Lunatic asylums in Bengal annual reports 1912-1924 - 1912-1924
Year: 1912
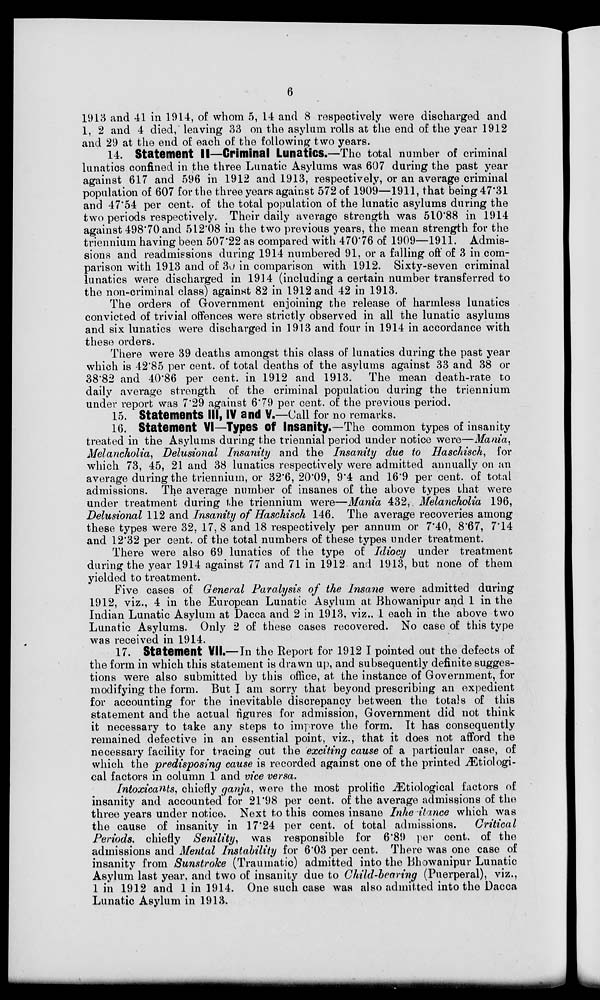
6
1913 and 41 in 1914, of whom 5, 14 and 8 respectively were discharged and
1, 2 and 4 died," leaving 33 on the asylum rolls at the end of the year 1912
and 29 at the end of each of the following two years.
14. Statement II—Criminal Lunatics.—The total number of criminal
lunatics confined in the three Lunatic Asylums was 607 during the past year
against 617 and 596 in 1912 and 1913, respectively, or an average criminal
population of 607 for the three years against 572 of 1909—1911, that being 47.31
and 47.54 per cent. of the total population of the lunatic asylums during the
two periods respectively. Their daily average strength was 510.88 in 1914
against 498.70 and 512.08 in the two previous years, the mean strength for the
triennium having been 507.22 as compared with 470.76 of 1909—1911. Admis-
sions and readmissions during 1914 numbered 91, or a falling off of 3 in com-
parison with 1913 and of 30 in comparison with 1912. Sixty-seven criminal
lunatics were discharged in 1914 (including a certain number transferred to
the non-criminal class) against 82 in 1912 and 42 in 1913.
The orders of Government enjoining the release of harmless lunatics
convicted of trivial offences were strictly observed in all the lunatic asylums
and six lunatics were discharged in 1913 and four in 1914 in accordance with
these orders.
There were 39 deaths amongst this class of lunatics during the past year
which is 42.85 per cent. of total deaths of the asylums against 33 and 38 or
38.82 and 40.86 per cent. in 1912 and 1913. The mean death-rate to
daily average strength of the criminal population during the triennium
under report was 7.29 against 6.79 per cent. of the previous period.
15. Statements III , IV and V.—Call for no remarks.
16. Statement VI—Types of Insanity.—The common types of insanity
treated in the Asylums during the triennial period under notice were—Mania,
Melancholia, Delusional Insanity and the Insanity due to Haschisch, for
which 73, 45, 21 and 38 lunatics respectively were admitted annually on an
average during the triennium, or 32.6, 20.09, 9.4 and 16.9 per cent. of total
admissions. The average number of insanes of the above types that were
under treatment during the triennium were—Mania 432, Melancholia 196,
Delusional 112 and Insanity of Haschisch 146. The average recoveries among
these types were 32, 17 , 8 and 18 respectively per annum or 7.40, 8.67, 7.14
and 12.32 per cent. of the total numbers of these types under treatment.
There were also 69 lunatics of the type of Idiocy under treatment
during the year 1914 against 77 and 71 in 1912 and 1913, but none of them
yielded to treatment.
Five cases of General Paralysis of the Insane were admitted during
1912, viz., 4 in the European Lunatic Asylum at: Bhowanipur and 1 in the
Indian Lunatic Asylum at Dacca and 2 in 1913, viz., 1 each in the above two
Lunatic Asylums. Only 2 of these cases recovered. No case of this type
was received in 1914.
17. Statement VII.—In the Report for 1912 I pointed out the defects of
the form in which this statement is drawn up, and subsequently definite sugges-
tions were also submitted by this office, at the instance of Government, for
modifying the form. But I am sorry that beyond prescribing an expedient
for accounting for the inevitable discrepancy between the totals of this
statement and the actual figures for admission, Government did not think
it necessary to take any steps to improve the form. It has consequently
remained defective in an essential point, viz., that it does not afford the
necessary facility for tracing out the exciting cause of a particular case, of
which the predisposing cause is recorded against one of the printed Ætiologi-
cal factors in column 1 and vice versa.
Intoxicants, chiefly ganja, were the most prolific Ætiological factors of
insanity and accounted for 21.98 per cent. of the average admissions of the
three years under notice. Next to this comes insane Inhe itance which was
the cause of insanity in 17.24 per cent. of total admissions.
Critical
Periods. chiefly Senility,
was responsible for 6.89 per cent. of the
admissions and Mental Instability for 6.03 per cent. There was one case of
insanity from Sunstroke (Traumatic) admitted into the Bhowanipur Lunatic
Asylum last year, and two of insanity due to Child-bearing (Puerperal), viz.,
1 in 1912 and 1 in 1914. One such case was also admitted into the Dacca
Lunatic Asylum in 1913.